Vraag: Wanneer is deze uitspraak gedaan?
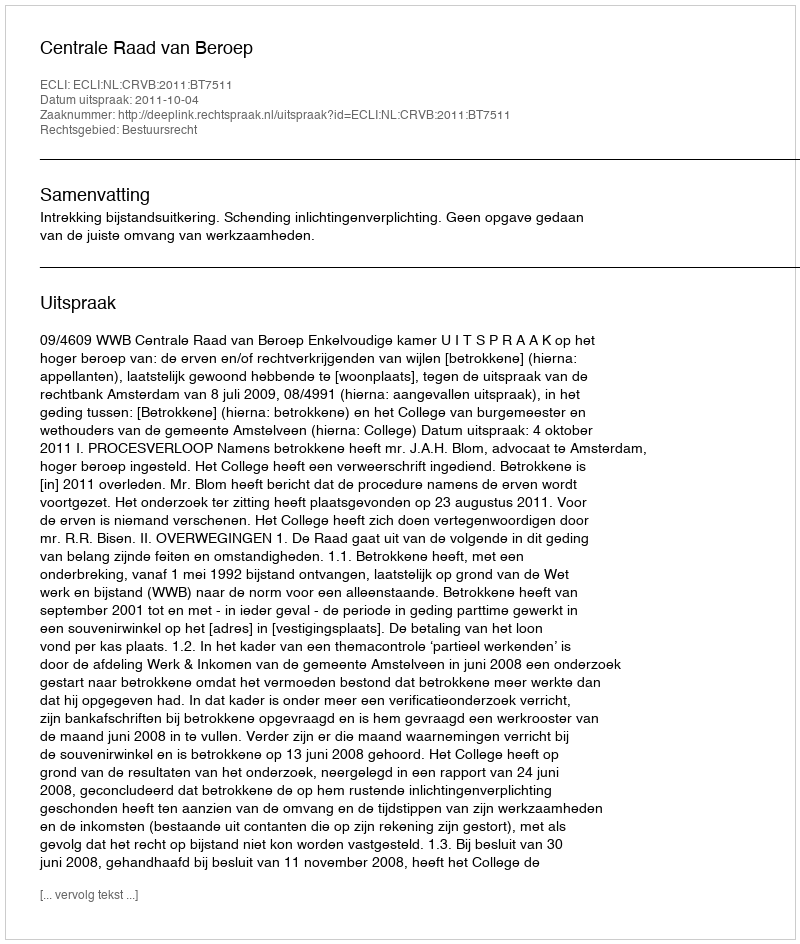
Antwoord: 2011-10-04